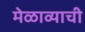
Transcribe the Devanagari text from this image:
मेळाव्याची